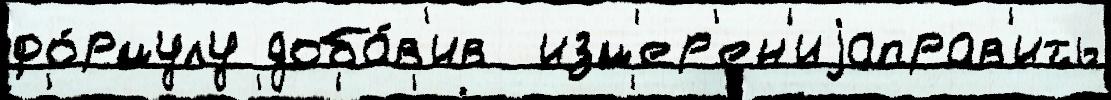
фо́рмулу доба́в'ив  изм'ер'ен'иjаправ'ить